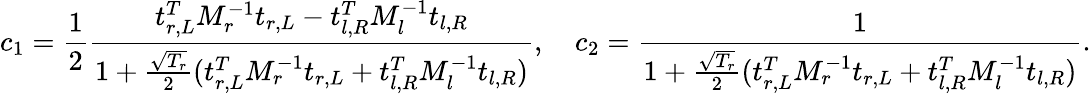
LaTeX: c_{1}=\frac{1}{2}\frac{t_{r,L}^{T}M_{r}^{-1}t_{r,L}-t_{l,R}^{T}M_{l}^{-1}t_{l,R}}{1+\frac{\sqrt{T_{r}}}{2}(t_{r,L}^{T}M_{r}^{-1}t_{r,L}+t_{l,R}^{T}M_{l}^{-1}t_{l,R})},\quad c_{2}=\frac{1}{1+\frac{\sqrt{T_{r}}}{2}(t_{r,L}^{T}M_{r}^{-1}t_{r,L}+t_{l,R}^{T}M_{l}^{-1}t_{l,R})}.